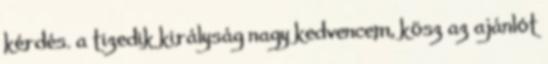
kérdés. a tizedik királyság nagy kedvencem, kösz az ajánlót